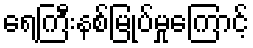
ရေကြီးနစ်မြုပ်မှုကြောင့်